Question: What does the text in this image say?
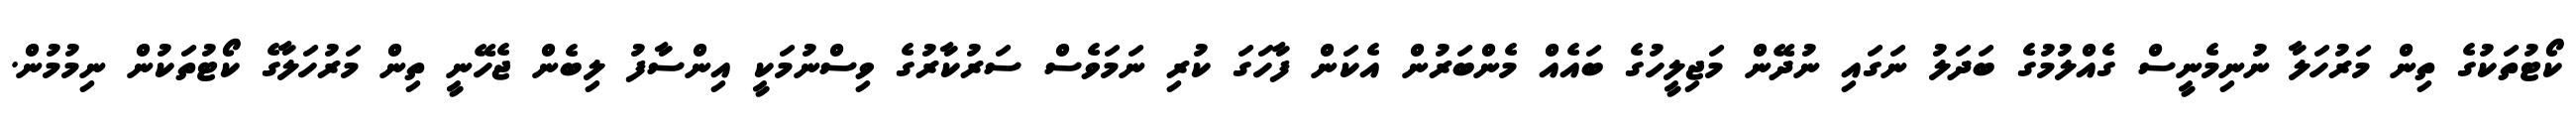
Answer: ކޯޓުތަކުގެ ތިން މަރުހަލާ ނުނިމެނީސް ގެއްލުމުގެ ބަދަލު ނަގައި ނުދޭން މަޖިލީހުގެ ބައެއް މެންބަރުން އެކަން ފާހަގަ ކުރި ނަމަވެސް ސަރުކާރުގެ ވިސްނުމަކީ އިންސާފު ލިބެން ޖެހޭނީ ތިން މަރުހަލާގެ ކޯޓުތަކުން ނިމުމުން.